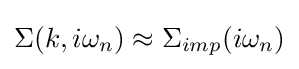
\Sigma (k,i\omega _{n})\approx \Sigma _{imp}(i\omega _{n})